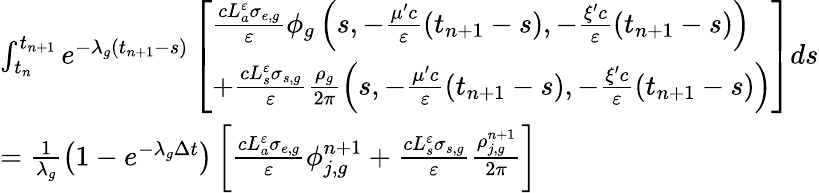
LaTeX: \begin{array}{l}{{\int_{t_{n}}^{t_{n+1}}e^{-\lambda_{g}\left(t_{n+1}-s\right)}\left[\begin{array}{l}{{\frac{cL_{a}^{\varepsilon}\sigma_{e,g}}{\varepsilon}\phi_{g}\left(s,-\frac{\mu^{\prime}c}{\varepsilon}\left(t_{n+1}-s\right),-\frac{\xi^{\prime}c}{\varepsilon}\left(t_{n+1}-s\right)\right)}}\\ {{+\frac{cL_{s}^{\varepsilon}\sigma_{s,g}}{\varepsilon}\frac{\rho_{g}}{\mathrm{2}\pi}\left(s,-\frac{\mu^{\prime}c}{\varepsilon}\left(t_{n+1}-s\right),-\frac{\xi^{\prime}c}{\varepsilon}\left(t_{n+1}-s\right)\right)}}\end{array}\right]ds}}\\ {{=\frac{1}{\lambda_{g}}\left(1-e^{-\lambda_{g}\Delta t}\right)\left[\frac{cL_{a}^{\varepsilon}\sigma_{e,g}}{\varepsilon}\phi_{j,g}^{n+1}+\frac{cL_{s}^{\varepsilon}\sigma_{s,g}}{\varepsilon}\frac{\rho_{j,g}^{n+1}}{\mathrm{2}\pi}\right]}}\end{array}